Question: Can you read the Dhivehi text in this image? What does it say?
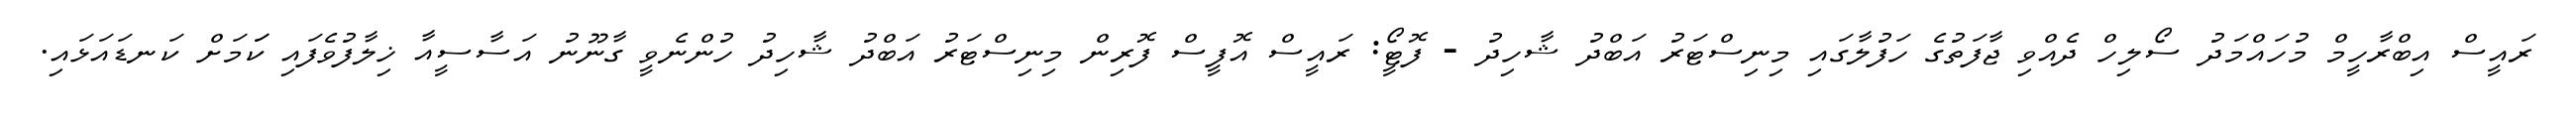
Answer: ރައީސް އިބްރާހީމް މުހައްމަދު ސޯލިހް ދެއްވި ޖާފަތުގެ ހަފުލާގައި މިނިސްޓަރު އަބްދު ޝާހިދު - ފޮޓީޯ: ރައީސް އޮފީސް ފޮރިން މިނިސްޓަރު އަބްދު ޝާހިދު ހުންނެވީ ގާނޫނު އަސާސީއާ ޚިލާފުވެފައި ކަަމަށް ކަނޑައަޅައި.